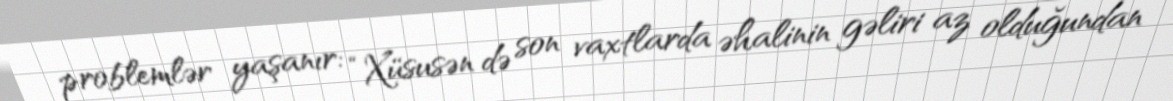
problemlər yaşanır: “Xüsusən də son vaxtlarda əhalinin gəliri az olduğundan